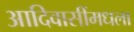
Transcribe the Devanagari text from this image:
आदिवासींमधला